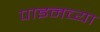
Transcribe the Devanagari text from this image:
पाइनच्या